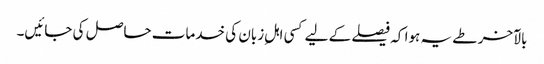
بالآخر طے یہ ہوا کہ فیصلے کے لیے کسی اہلِ زبان کی خدمات حاصل کی جائیں۔